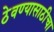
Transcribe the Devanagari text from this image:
ठेवण्यासाठीचा